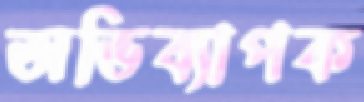
অভিব্যাপক